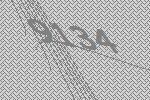
9134